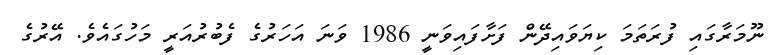
ނޫމަރާގައި ފުރަތަމަ ކިޔަވައިދޭން ފަށާފައިވަނީ 1986 ވަނަ އަހަރުގެ ފެބުރުއަރީ މަހުގައެވެ. އޭރުގެ